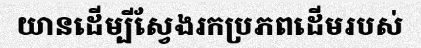
យានដើម្បីស្វែងរកប្រភពដើមរបស់